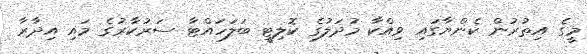
މީގެ އިތުރުން ކެންޔާގައި ވިއްކާ މުދަލުގެ ކޮލިޓީ ބަލަހައްޓާ ސަރުކާރުގެ މައި އިދާރާ